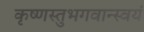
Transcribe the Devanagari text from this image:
कृष्णस्तुभगवान्स्वयं